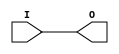
// This program was cloned from: https://github.com/jhshi/openofdm
// License: Apache License 2.0

// $Header: /devl/xcs/repo/env/Databases/CAEInterfaces/verunilibs/data/blanc/AUTOBUF.v,v 1.3 2009/08/21 23:55:39 harikr Exp $
///////////////////////////////////////////////////////////////////////////////
// Copyright (c) 1995/2004 Xilinx, Inc.
// All Right Reserved.
///////////////////////////////////////////////////////////////////////////////
//   ____  ____
//  /   /\/   /
// /___/  \  /    Vendor : Xilinx
// \   \   \/     Version : 10.1
//  \   \         Description : Xilinx Functional Simulation Library Component
//  /   /                  Clock Buffer
// /___/   /\     Filename : AUTOBUF.v
// \   \  /  \    Timestamp : 
//  \___\/\___\
//
// Revision:
//    04/08/08 - Initial version.
//    07/23/09 - Add more attrute values (CR521811)
// End Revision

`timescale  1 ps / 1 ps


module AUTOBUF (O, I);

    parameter BUFFER_TYPE = "AUTO";

    output O;

    input  I;

    initial begin
    case (BUFFER_TYPE)
      "AUTO" : ;
      "BUF" : ;
      "BUFG" : ;
      "BUFGP" : ;
      "BUFH" : ;
      "BUFIO" : ;
      "BUFIO2" : ;
      "BUFIO2FB" : ;
      "BUFR" : ;
      "IBUF" : ;
      "IBUFG" : ;
      "NONE" : ;
      "OBUF" : ;
      default : begin
        $display("Attribute Syntax Error : The Attribute BUFFER_TYPE on AUTOBUF instance %m is set to %s.  Legal values for this attribute are AUTO, BUF, BUFG, BUFGP, BUFH, BUFIO, BUFIO2, BUFIO2FB, BUFR, IBUF, IBUFG, NONE, and OBUF.", BUFFER_TYPE);
      end
    endcase
    end

	buf B1 (O, I);


endmodule